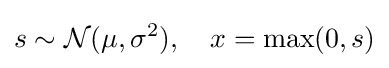
s\sim {\mathcal {N}}(\mu ,\sigma ^{2}),\quad x={\textrm {max}}(0,s)